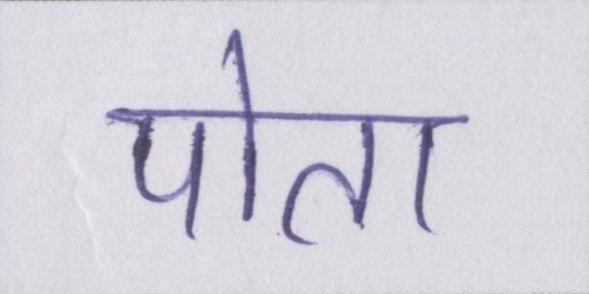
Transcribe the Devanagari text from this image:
पोता